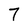
Character: 7